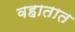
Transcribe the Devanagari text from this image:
वहातात